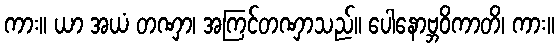
ကား။ ယာ အယံ တဏှာ၊ အကြင်တဏှာသည်။ ပေါနောဗ္ဘဝိကာတိ၊ ကား။